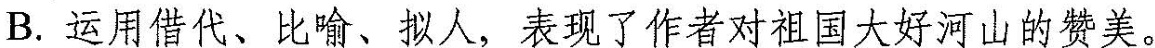
B.运用借代、比喻、拟人，表现了作者对祖国大好河山的赞美。